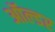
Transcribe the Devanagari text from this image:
ऑल्‍डर